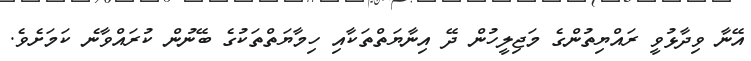
އޭނާ ވިދާޅުވީ ރައްޔިތުންގެ މަޖިލީހުން ދޭ އިނާޔަތްތަކާއި ހިމާޔަތްތަކުގެ ބޭނުން ކުރައްވާނެ ކަމަށެވެ.